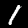
Digit: 1